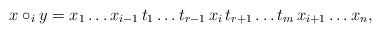
\begin{align*} x \circ_i y = x_1 \dots x_{i - 1} \, t_1 \dots t_{r - 1} \, x_i \, t_{r + 1} \dots t_m \, x_{i + 1} \dots x_n, \end{align*}